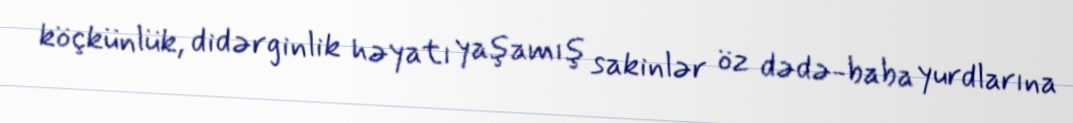
köçkünlük, didərginlik həyatı yaşamış sakinlər öz dədə-baba yurdlarına